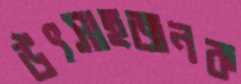
উৎসাহজনক